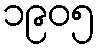
၁၉၀၅